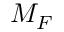
M _ { F }